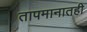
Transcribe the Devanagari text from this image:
तापमानातही